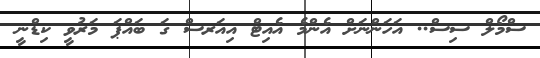
ސްމޯލް ސިސް.. އަހަންނަށް އެންމެ އެއިޓް އިއަރސް ގަ ބައްޕަ މަރުވީ ކިޑްނީ